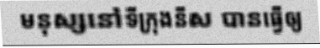
មនុស្សនៅទីក្រុងនីស បានធ្វើឲ្យ